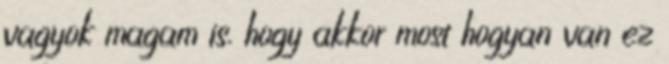
vagyok magam is. hogy akkor most hogyan van ez